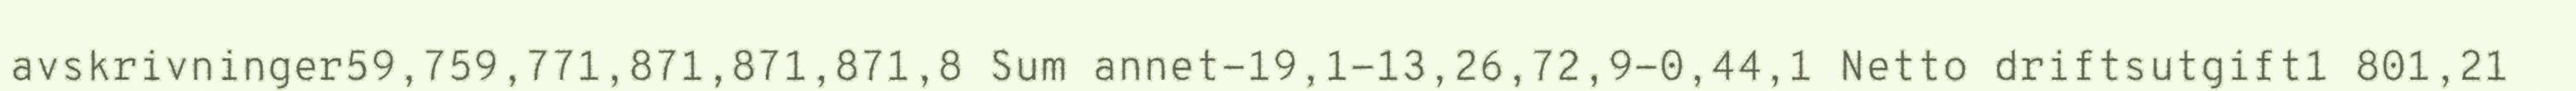
avskrivninger59,759,771,871,871,871,8 Sum annet-19,1-13,26,72,9-0,44,1 Netto driftsutgift1 801,21